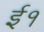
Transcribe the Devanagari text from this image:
ई१